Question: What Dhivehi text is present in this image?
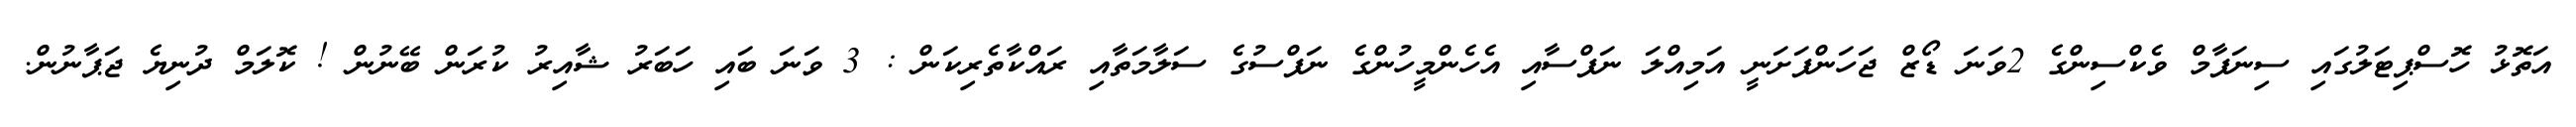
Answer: އަތޮޅު ހޮސްޕިޓަލުގައި ސިނަފާމް ވެކްސިންގެ 2ވަނަ ޑޯޒް ޖަހަންފަށަނީ އަމިއްލަ ނަފްސާއި އެހެންމީހުންގެ ނަފްސުގެ ސަލާމަތާއި ރައްކާތެރިކަން : 3 ވަނަ ބައި ހަބަރު ޝާއިރު ކުރަން ބޭނުން ! ކޮލަމް ދުނިޔެ ޖަޕާނުން.